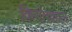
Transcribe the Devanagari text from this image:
किरांतकाल